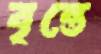
বৃন্তে